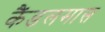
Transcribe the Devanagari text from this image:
कैंडलमास